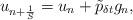
LaTeX: \begin{align*}u_{n+\frac{1}{S}} = u_{n} + \tilde{p}_{\delta t} g_n,\end{align*}